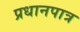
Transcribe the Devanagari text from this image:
प्रधानपात्र